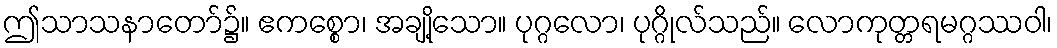
ဤသာသနာတော်၌။ ဧကစ္စော၊ အချို့သော။ ပုဂ္ဂလော၊ ပုဂ္ဂိုလ်သည်။ လောကုတ္တရမဂ္ဂဿဝါ၊